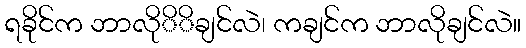
ရခိုင်က ဘာလိုိိချင်လဲ၊ ကချင်က ဘာလိုချင်လဲ။